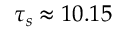
\tau _ { s } \approx 1 0 . 1 5